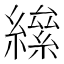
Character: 𦅍